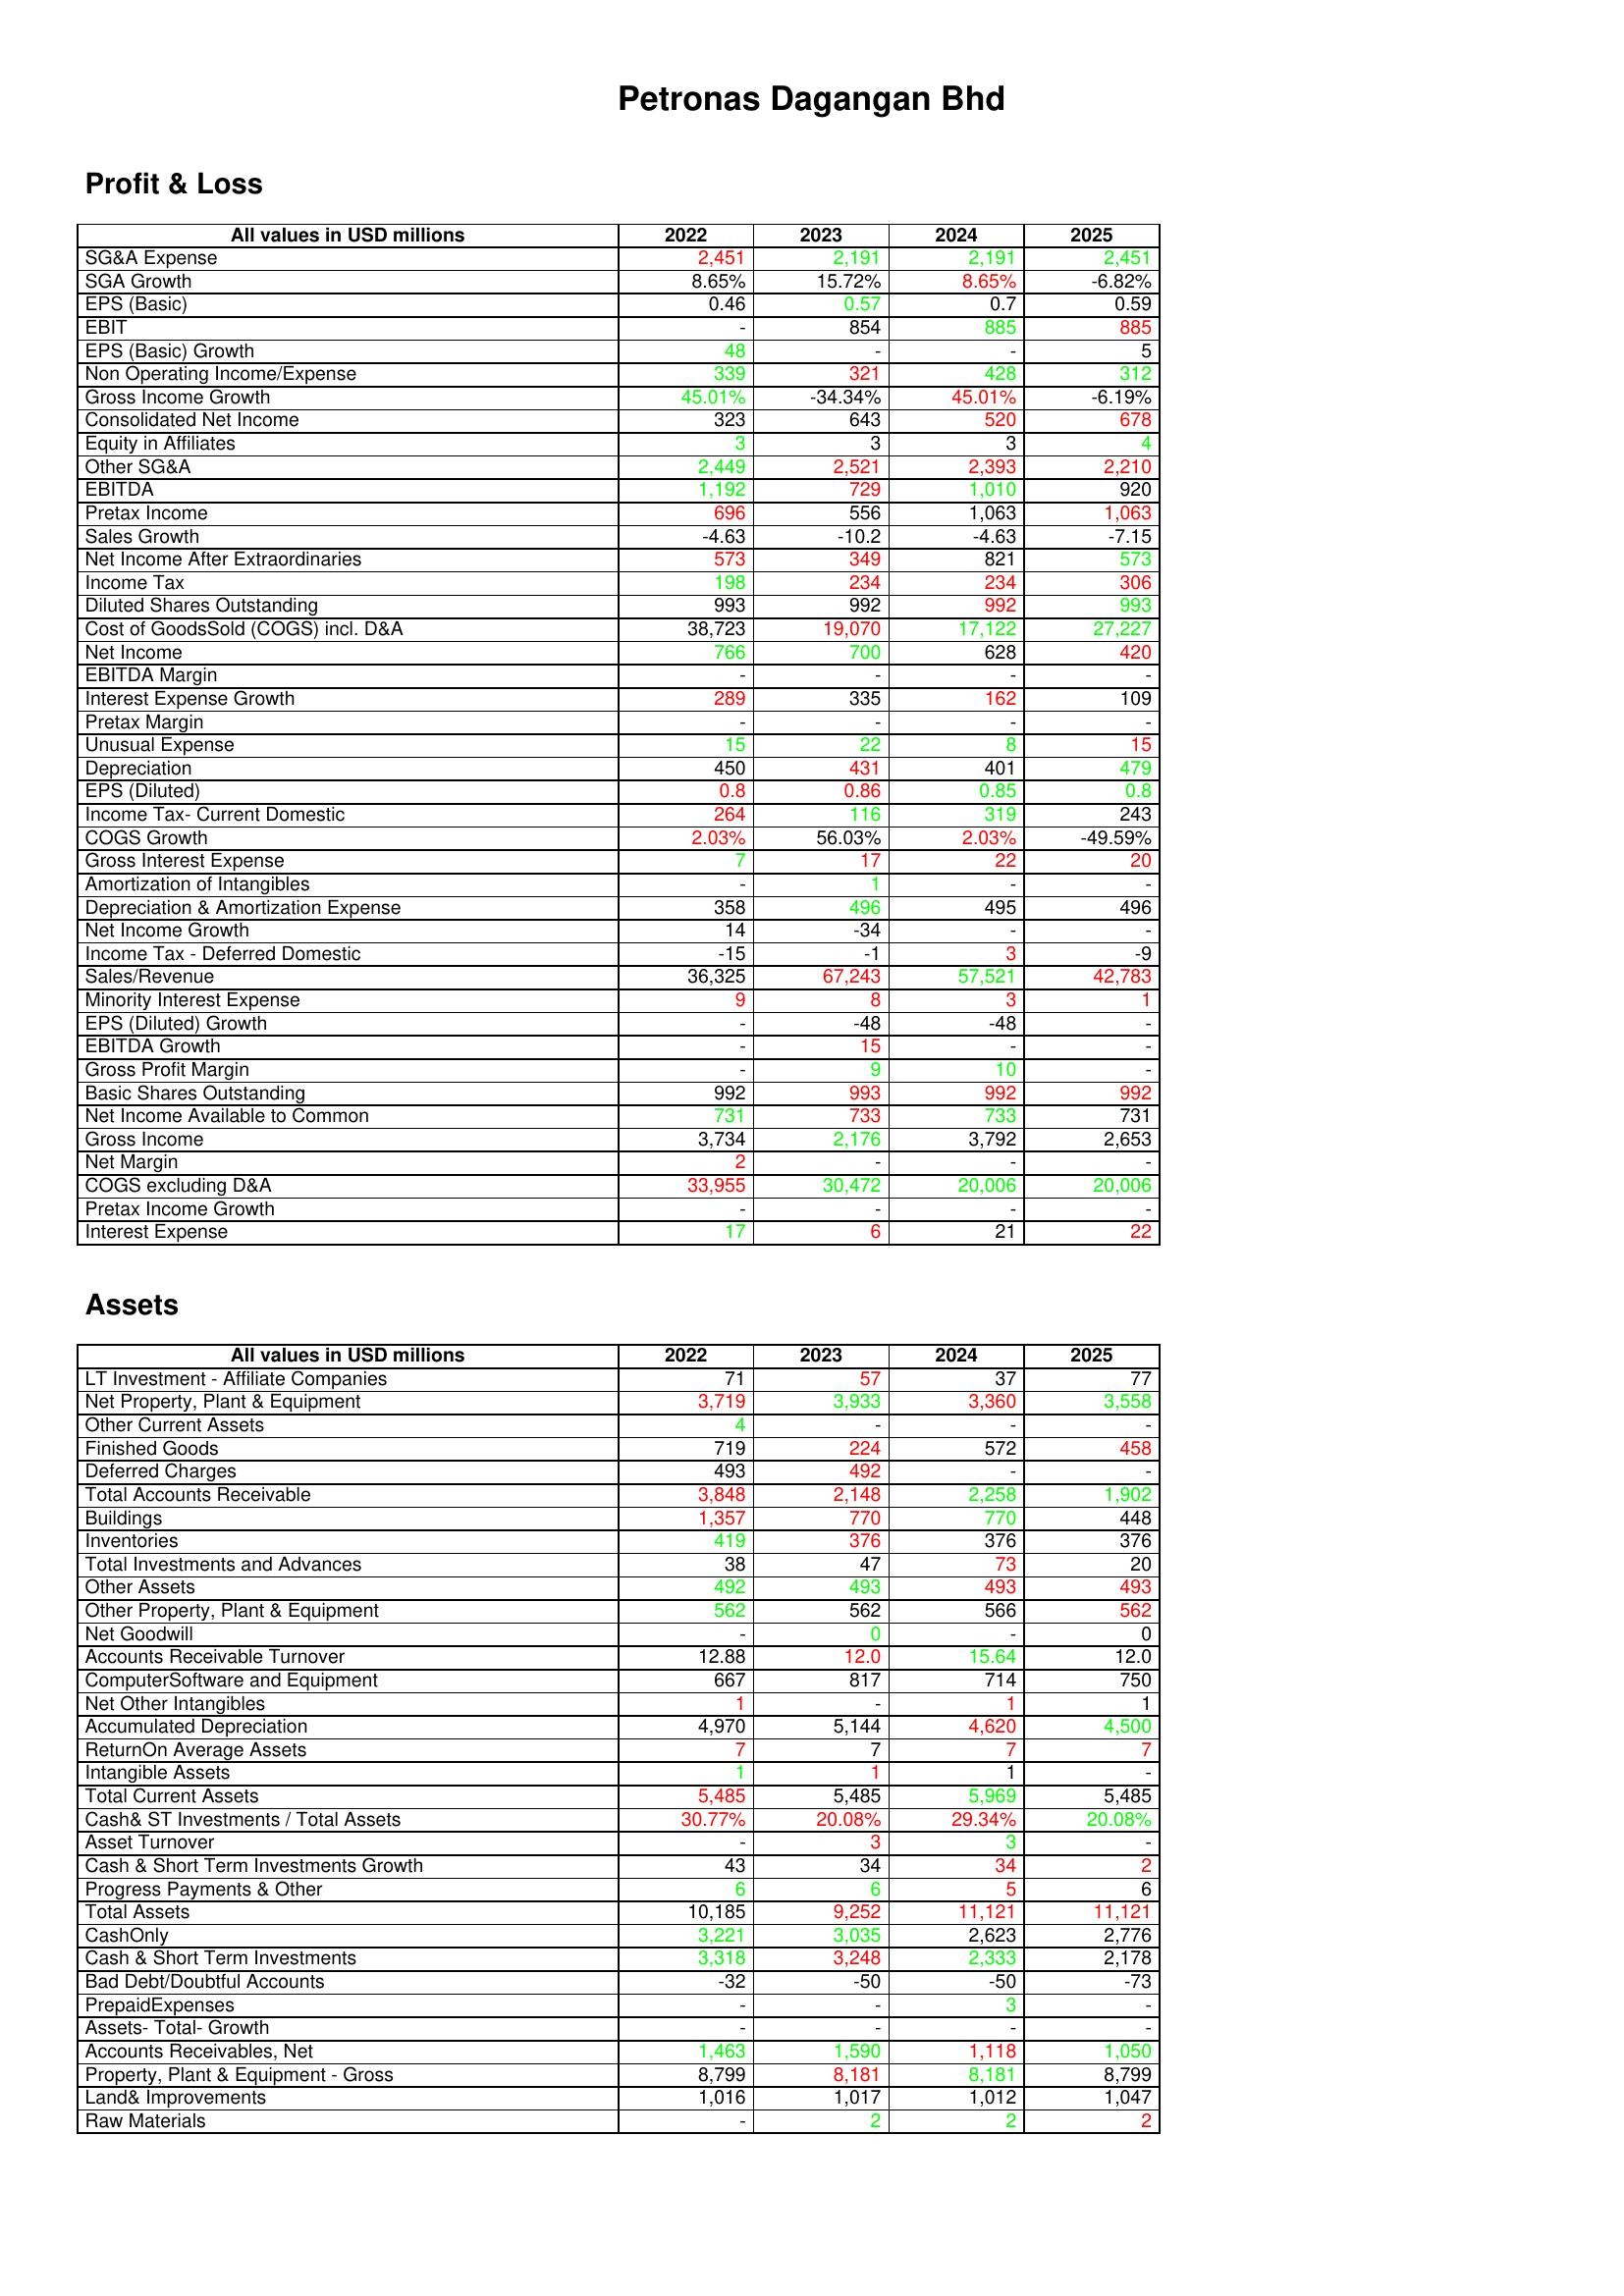
gt_parse: 2022: Profit & Loss: SG&A Expense: 2,451
SGA Growth: 8.65%
EPS (Basic): 0.46
EBIT: -
EPS (Basic) Growth: 48
Non Operating Income/Expense: 339
Gross Income Growth: 45.01%
Consolidated Net Income: 323
Equity in Affiliates: 3
Other SG&A: 2,449
EBITDA: 1,192
Pretax Income: 696
Sales Growth: -4.63
Net Income After Extraordinaries: 573
Income Tax: 198
Diluted Shares Outstanding: 993
Cost of GoodsSold (COGS) incl. D&A: 38,723
Net Income: 766
EBITDA Margin: -
Interest Expense Growth: 289
Pretax Margin: -
Unusual Expense: 15
Depreciation: 450
EPS (Diluted): 0.8
Income Tax- Current Domestic: 264
COGS Growth: 2.03%
Gross Interest Expense: 7
Amortization of Intangibles: -
Depreciation & Amortization Expense: 358
Net Income Growth: 14
Income Tax - Deferred Domestic: -15
Sales/Revenue: 36,325
Minority Interest Expense: 9
EPS (Diluted) Growth: -
EBITDA Growth: -
Gross Profit Margin: -
Basic Shares Outstanding: 992
Net Income Available to Common: 731
Gross Income: 3,734
Net Margin: 2
COGS excluding D&A: 33,955
Pretax Income Growth: -
Interest Expense: 17
Assets: LT Investment - Affiliate Companies: 71
Net Property, Plant & Equipment: 3,719
Other Current Assets: 4
Finished Goods: 719
Deferred Charges: 493
Total Accounts Receivable: 3,848
Buildings: 1,357
Inventories: 419
Total Investments and Advances: 38
Other Assets: 492
Other Property, Plant & Equipment: 562
Net Goodwill: -
Accounts Receivable Turnover: 12.88
ComputerSoftware and Equipment: 667
Net Other Intangibles: 1
Accumulated Depreciation: 4,970
ReturnOn Average Assets: 7
Intangible Assets: 1
Total Current Assets: 5,485
Cash& ST Investments / Total Assets: 30.77%
Asset Turnover: -
Cash & Short Term Investments Growth: 43
Progress Payments & Other: 6
Total Assets: 10,185
CashOnly: 3,221
Cash & Short Term Investments: 3,318
Bad Debt/Doubtful Accounts: -32
PrepaidExpenses: -
Assets- Total- Growth: -
Accounts Receivables, Net: 1,463
Property, Plant & Equipment - Gross : 8,799
Land& Improvements: 1,016
Raw Materials: -
2023: Profit & Loss: SG&A Expense: 2,191
SGA Growth: 15.72%
EPS (Basic): 0.57
EBIT: 854
EPS (Basic) Growth: -
Non Operating Income/Expense: 321
Gross Income Growth: -34.34%
Consolidated Net Income: 643
Equity in Affiliates: 3
Other SG&A: 2,521
EBITDA: 729
Pretax Income: 556
Sales Growth: -10.2
Net Income After Extraordinaries: 349
Income Tax: 234
Diluted Shares Outstanding: 992
Cost of GoodsSold (COGS) incl. D&A: 19,070
Net Income: 700
EBITDA Margin: -
Interest Expense Growth: 335
Pretax Margin: -
Unusual Expense: 22
Depreciation: 431
EPS (Diluted): 0.86
Income Tax- Current Domestic: 116
COGS Growth: 56.03%
Gross Interest Expense: 17
Amortization of Intangibles: 1
Depreciation & Amortization Expense: 496
Net Income Growth: -34
Income Tax - Deferred Domestic: -1
Sales/Revenue: 67,243
Minority Interest Expense: 8
EPS (Diluted) Growth: -48
EBITDA Growth: 15
Gross Profit Margin: 9
Basic Shares Outstanding: 993
Net Income Available to Common: 733
Gross Income: 2,176
Net Margin: -
COGS excluding D&A: 30,472
Pretax Income Growth: -
Interest Expense: 6
Assets: LT Investment - Affiliate Companies: 57
Net Property, Plant & Equipment: 3,933
Other Current Assets: -
Finished Goods: 224
Deferred Charges: 492
Total Accounts Receivable: 2,148
Buildings: 770
Inventories: 376
Total Investments and Advances: 47
Other Assets: 493
Other Property, Plant & Equipment: 562
Net Goodwill: 0
Accounts Receivable Turnover: 12.0
ComputerSoftware and Equipment: 817
Net Other Intangibles: -
Accumulated Depreciation: 5,144
ReturnOn Average Assets: 7
Intangible Assets: 1
Total Current Assets: 5,485
Cash& ST Investments / Total Assets: 20.08%
Asset Turnover: 3
Cash & Short Term Investments Growth: 34
Progress Payments & Other: 6
Total Assets: 9,252
CashOnly: 3,035
Cash & Short Term Investments: 3,248
Bad Debt/Doubtful Accounts: -50
PrepaidExpenses: -
Assets- Total- Growth: -
Accounts Receivables, Net: 1,590
Property, Plant & Equipment - Gross : 8,181
Land& Improvements: 1,017
Raw Materials: 2
2024: Profit & Loss: SG&A Expense: 2,191
SGA Growth: 8.65%
EPS (Basic): 0.7
EBIT: 885
EPS (Basic) Growth: -
Non Operating Income/Expense: 428
Gross Income Growth: 45.01%
Consolidated Net Income: 520
Equity in Affiliates: 3
Other SG&A: 2,393
EBITDA: 1,010
Pretax Income: 1,063
Sales Growth: -4.63
Net Income After Extraordinaries: 821
Income Tax: 234
Diluted Shares Outstanding: 992
Cost of GoodsSold (COGS) incl. D&A: 17,122
Net Income: 628
EBITDA Margin: -
Interest Expense Growth: 162
Pretax Margin: -
Unusual Expense: 8
Depreciation: 401
EPS (Diluted): 0.85
Income Tax- Current Domestic: 319
COGS Growth: 2.03%
Gross Interest Expense: 22
Amortization of Intangibles: -
Depreciation & Amortization Expense: 495
Net Income Growth: -
Income Tax - Deferred Domestic: 3
Sales/Revenue: 57,521
Minority Interest Expense: 3
EPS (Diluted) Growth: -48
EBITDA Growth: -
Gross Profit Margin: 10
Basic Shares Outstanding: 992
Net Income Available to Common: 733
Gross Income: 3,792
Net Margin: -
COGS excluding D&A: 20,006
Pretax Income Growth: -
Interest Expense: 21
Assets: LT Investment - Affiliate Companies: 37
Net Property, Plant & Equipment: 3,360
Other Current Assets: -
Finished Goods: 572
Deferred Charges: -
Total Accounts Receivable: 2,258
Buildings: 770
Inventories: 376
Total Investments and Advances: 73
Other Assets: 493
Other Property, Plant & Equipment: 566
Net Goodwill: -
Accounts Receivable Turnover: 15.64
ComputerSoftware and Equipment: 714
Net Other Intangibles: 1
Accumulated Depreciation: 4,620
ReturnOn Average Assets: 7
Intangible Assets: 1
Total Current Assets: 5,969
Cash& ST Investments / Total Assets: 29.34%
Asset Turnover: 3
Cash & Short Term Investments Growth: 34
Progress Payments & Other: 5
Total Assets: 11,121
CashOnly: 2,623
Cash & Short Term Investments: 2,333
Bad Debt/Doubtful Accounts: -50
PrepaidExpenses: 3
Assets- Total- Growth: -
Accounts Receivables, Net: 1,118
Property, Plant & Equipment - Gross : 8,181
Land& Improvements: 1,012
Raw Materials: 2
2025: Profit & Loss: SG&A Expense: 2,451
SGA Growth: -6.82%
EPS (Basic): 0.59
EBIT: 885
EPS (Basic) Growth: 5
Non Operating Income/Expense: 312
Gross Income Growth: -6.19%
Consolidated Net Income: 678
Equity in Affiliates: 4
Other SG&A: 2,210
EBITDA: 920
Pretax Income: 1,063
Sales Growth: -7.15
Net Income After Extraordinaries: 573
Income Tax: 306
Diluted Shares Outstanding: 993
Cost of GoodsSold (COGS) incl. D&A: 27,227
Net Income: 420
EBITDA Margin: -
Interest Expense Growth: 109
Pretax Margin: -
Unusual Expense: 15
Depreciation: 479
EPS (Diluted): 0.8
Income Tax- Current Domestic: 243
COGS Growth: -49.59%
Gross Interest Expense: 20
Amortization of Intangibles: -
Depreciation & Amortization Expense: 496
Net Income Growth: -
Income Tax - Deferred Domestic: -9
Sales/Revenue: 42,783
Minority Interest Expense: 1
EPS (Diluted) Growth: -
EBITDA Growth: -
Gross Profit Margin: -
Basic Shares Outstanding: 992
Net Income Available to Common: 731
Gross Income: 2,653
Net Margin: -
COGS excluding D&A: 20,006
Pretax Income Growth: -
Interest Expense: 22
Assets: LT Investment - Affiliate Companies: 77
Net Property, Plant & Equipment: 3,558
Other Current Assets: -
Finished Goods: 458
Deferred Charges: -
Total Accounts Receivable: 1,902
Buildings: 448
Inventories: 376
Total Investments and Advances: 20
Other Assets: 493
Other Property, Plant & Equipment: 562
Net Goodwill: 0
Accounts Receivable Turnover: 12.0
ComputerSoftware and Equipment: 750
Net Other Intangibles: 1
Accumulated Depreciation: 4,500
ReturnOn Average Assets: 7
Intangible Assets: -
Total Current Assets: 5,485
Cash& ST Investments / Total Assets: 20.08%
Asset Turnover: -
Cash & Short Term Investments Growth: 2
Progress Payments & Other: 6
Total Assets: 11,121
CashOnly: 2,776
Cash & Short Term Investments: 2,178
Bad Debt/Doubtful Accounts: -73
PrepaidExpenses: -
Assets- Total- Growth: -
Accounts Receivables, Net: 1,050
Property, Plant & Equipment - Gross : 8,799
Land& Improvements: 1,047
Raw Materials: 2